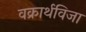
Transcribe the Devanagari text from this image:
वक्रार्थविजा